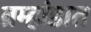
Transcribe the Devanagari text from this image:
ब्रम्हांडात